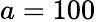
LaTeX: a=100